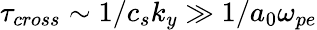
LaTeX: \tau_{cross}\sim 1/c_{s}k_{y}\gg 1/a_{0}\omega_{pe}